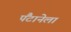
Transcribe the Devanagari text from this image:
पैंटानेला